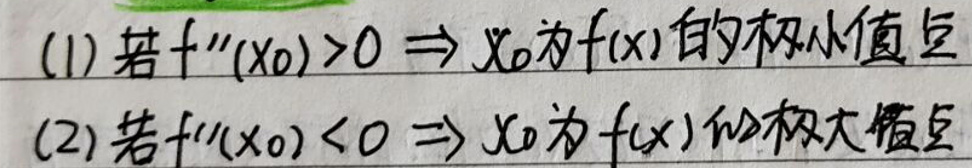
(1) 若 \(f''(x_0)>0 \Rightarrow x_0\)为\(f(x)\)的极小值点

(2) 若 \(f''(x_0)<0 \Rightarrow x_0\)为\(f(x)\)的极大值点